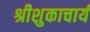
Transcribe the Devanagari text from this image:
श्रीशुकाचार्य